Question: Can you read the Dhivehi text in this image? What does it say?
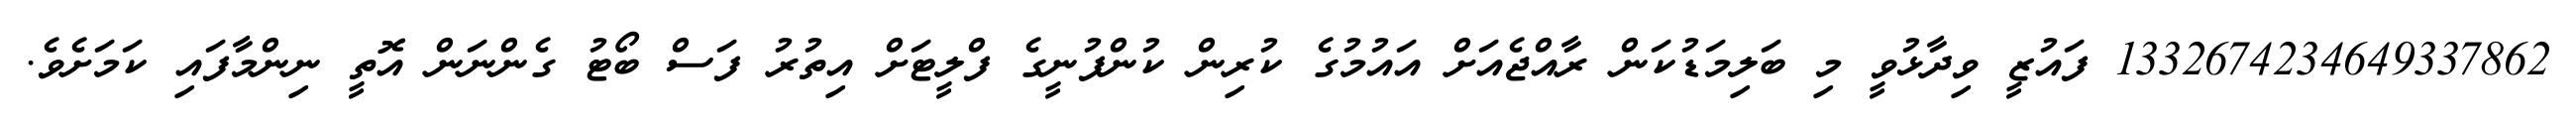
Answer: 1332674234649337862 ފައުޒީ ވިދާޅުވީ މި ބަލިމަޑުކަން ރާއްޖެއަށް އައުމުގެ ކުރިން ކުންފުނީގެ ފްލީޓަށް އިތުރު ފަސް ބޯޓު ގެންނަން އޮތީ ނިންމާފައި ކަމަށެވެ.